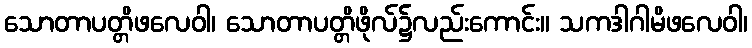
သောတာပတ္တိဖလေဝါ၊ သောတာပတ္တိဖိုလ်၌လည်းကောင်း။ သကဒါဂါမိဖလေဝါ၊